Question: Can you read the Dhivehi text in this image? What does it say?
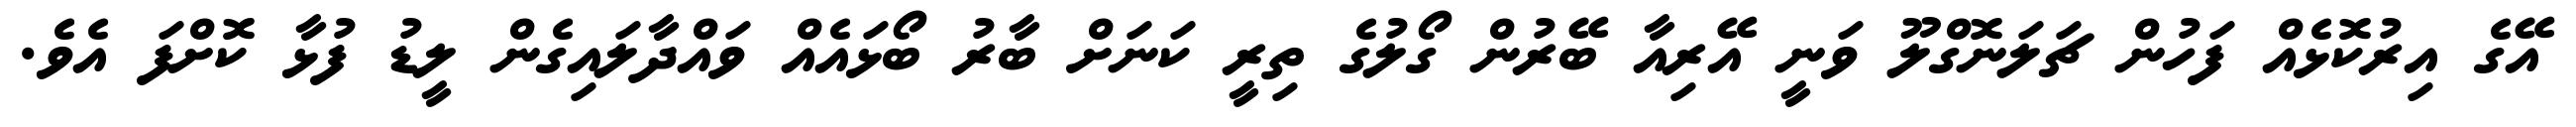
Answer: އޭގެ އިރުކޮޅެއް ފަހުން ޗަލަނޮގްލޫ ވަނީ އޭރިއާ ބޭރުން ގޯލުގެ ތިރީ ކަނަށް ބާރު ބޯޅައެއް ވައްދާލައިގެން ލީޑު ފުޅާ ކޮށްފަ އެވެ.